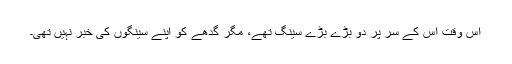
اس وقت اس کے سر پر دو بڑے بڑے سینگ تھے، مگر گدھے کو اپنے سینگوں کی خبر نہیں تھی۔